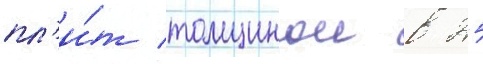
пл'и́т толщинои в 25